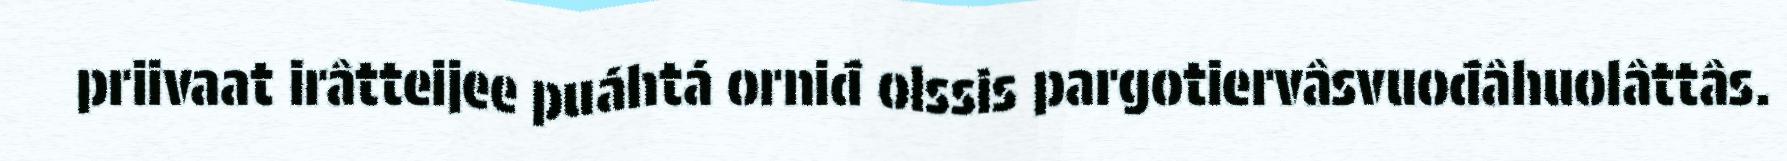
priivaat irâtteijee puáhtá orniđ olssis pargotiervâsvuođâhuolâttâs.